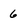
Character: 6